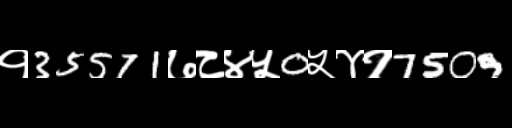
Text: १35571७८४५0५४१7509